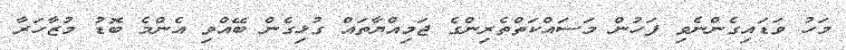
މަހު ވަޑައިގެންނެވި ފަހުން މަސައްކަތްތެރިންގެ ޖަމިއްޔާތައް ގުޅިގެން ބޭއްވި އެންމެ ބޮޑު މުޒާހަރާ